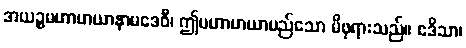
အယဉ္စမဟာမာယာနာမဒေဝီ၊ ဤမဟာမာယာမည်သော မိဖုရားသည်။ ဧဒိသာ၊